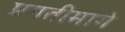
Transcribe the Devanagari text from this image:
प्रगतीमागे